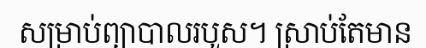
សម្រាប់ព្យាបាលរបួស។ ស្រាប់តែមាន